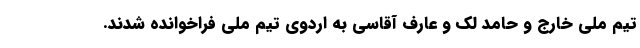
تیم ملی خارج و حامد لک و عارف آقاسی به اردوی تیم ملی فراخوانده شدند.